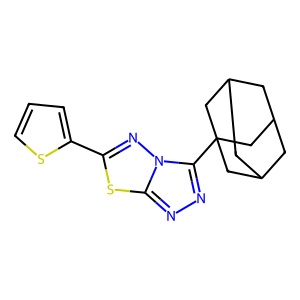
SMILES: c1csc(-c2nn3c(C45CC6CC(CC(C6)C4)C5)nnc3s2)c1
Inhibits HIV replication: No